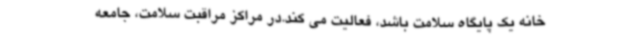
خانه یک پایگاه سلامت باشد، فعالیت می کند.در مراکز مراقبت سلامت، جامعه